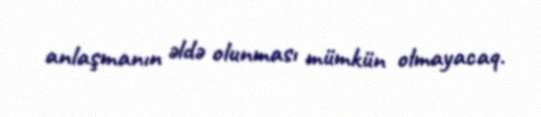
anlaşmanın əldə olunması mümkün olmayacaq.